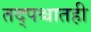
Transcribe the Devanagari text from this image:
तद्पश्चातही